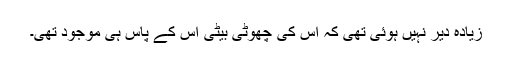
زیادہ دیر نہیں ہوئی تھی کہ اس کی چھوٹی بیٹی اس کے پاس ہی موجود تھی۔